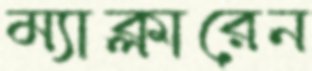
ম্যাক্লারেন